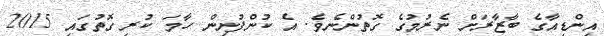
އިންޑިއާގެ ބާޒާރަށް ނެރުމުގެ ގޮތުންނެވެ. އެ ކުންފުނިން ހާމަ ކުރި ގޮތުގައި 2015